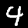
Digit: 4